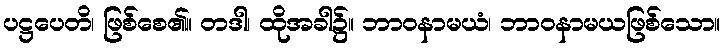
ပဋ္ဌပေတိ၊ ဖြစ်စေ၏။ တဒါ၊ ထိုအခါ၌။ ဘာဝနာမယံ၊ ဘာဝနာမယဖြစ်သော။